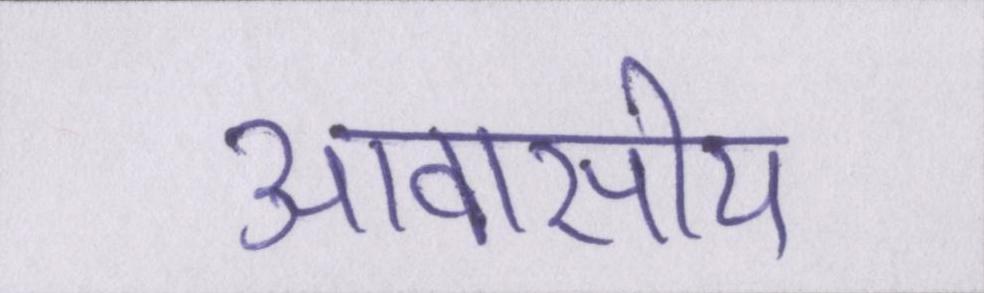
आवासीय